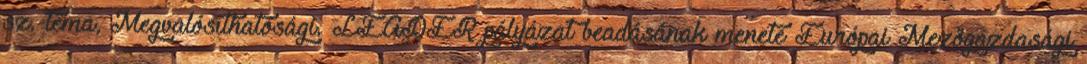
sz. téma, Megvalósíthatósági. LEADER pályázat beadásának menete Európai Mezőgazdasági